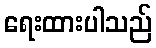
ရေးထားပါသည်